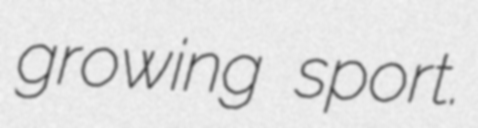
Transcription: growing sport.